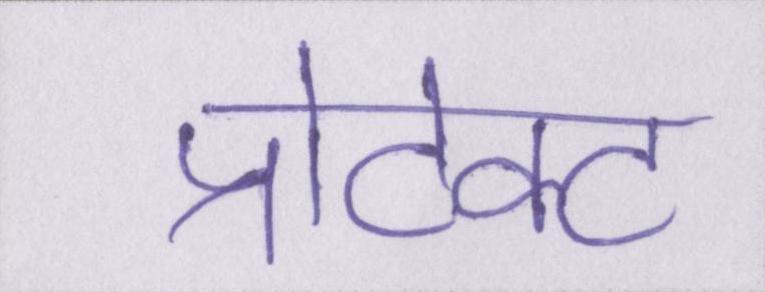
प्रोटेक्ट